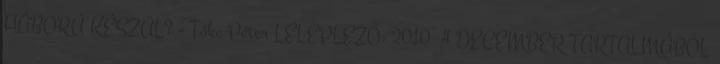
HÁBORÚ KÉSZÜL? - Tőke Péter LELEPLEZŐ: 2010 4 DECEMBER TARTALMÁBÓL